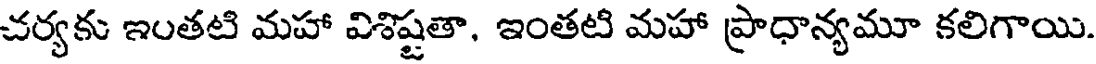
చర్యకు ఇంతటి మహా విశిష్టతా, ఇంతటి మహా ప్రాధాన్యమూ కలిగాయి.